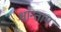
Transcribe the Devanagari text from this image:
श्रान्ताय